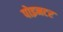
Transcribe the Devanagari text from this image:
पोइनटर